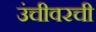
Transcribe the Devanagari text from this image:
उंचीवरची